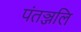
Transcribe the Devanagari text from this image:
पंतञ्जलि